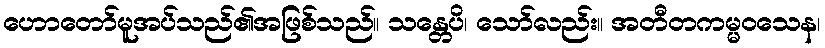
ဟောတော်မူအပ်သည်၏အဖြစ်သည်။ သန္တေပိ၊ သော်လည်း။ အတီတကမ္မဝသေန၊